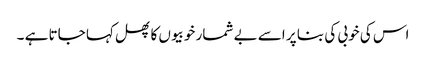
اس کی خوبی کی بنا پر اسے بے شمار خوبیوں کا پھل کہا جاتا ہے ۔